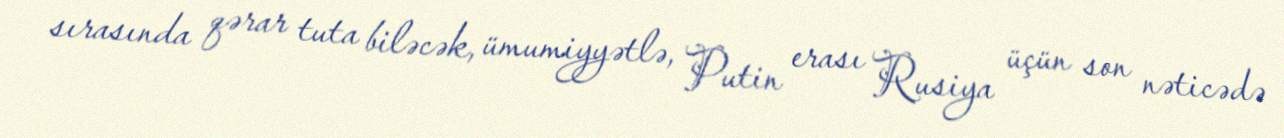
sırasında qərar tuta biləcək, ümumiyyətlə, Putin erası Rusiya üçün son nəticədə